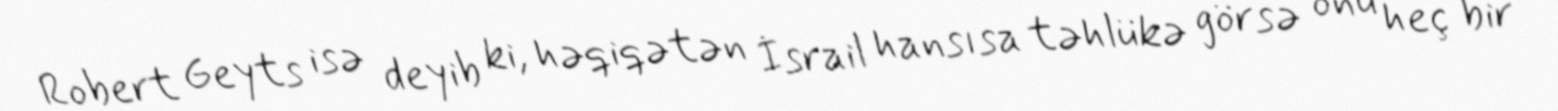
Robert Geyts isə deyib ki, həqiqətən İsrail hansısa təhlükə görsə onu heç bir